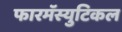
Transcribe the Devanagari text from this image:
फारमॅस्युटिकल